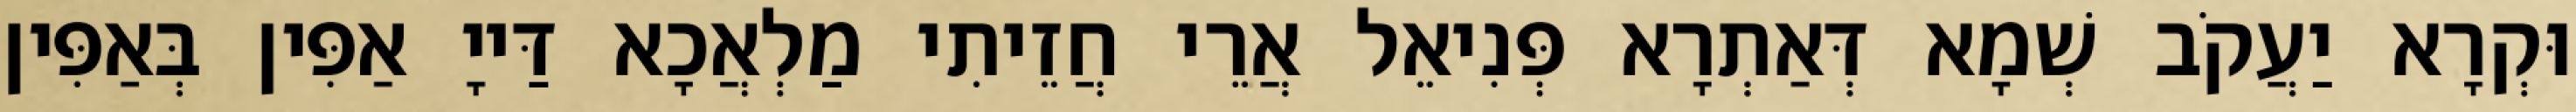
וּקְרָא יַעֲקֹב שְׁמָא דְּאַתְרָא פְּנִיאֵל אֲרֵי חֲזֵיתִי מַלְאֲכָא דַּייָ אַפִּין בְּאַפִּין